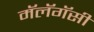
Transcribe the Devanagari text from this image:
मॅलॅगॅसी